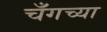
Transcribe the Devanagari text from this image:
चँगच्या